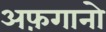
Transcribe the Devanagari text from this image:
अफ़गानो